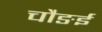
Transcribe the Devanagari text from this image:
चौङई